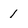
Character: 1